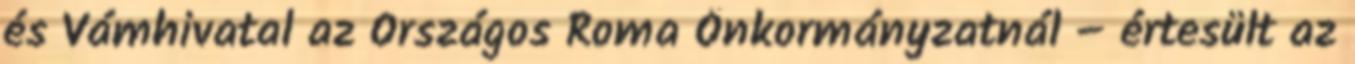
és Vámhivatal az Országos Roma Önkormányzatnál – értesült az